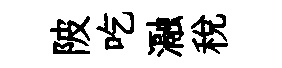
陂吃瀜税